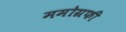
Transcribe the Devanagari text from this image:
ममोग्रफी